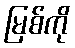
မြစ်ကို